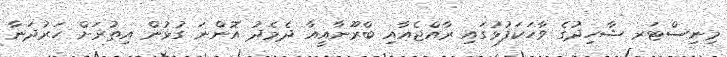
މިނިސްޓަރ ޝާހިދުގެ ވާހަކަފުޅުގައި ރާއްޖެއާއި ބްރޫނާއީއާ ދެމެދު އޮންނަ ގުޅުން އިތުރަށް ހަރުދަނާ